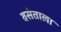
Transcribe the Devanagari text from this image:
वसंताला